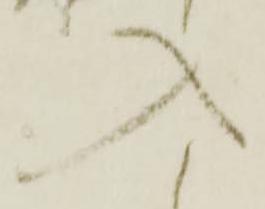
入